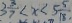
3 \frac { 3 } { 7 } < x < 5 \frac { 5 } { 1 8 }